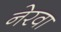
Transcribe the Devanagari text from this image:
नेरवा